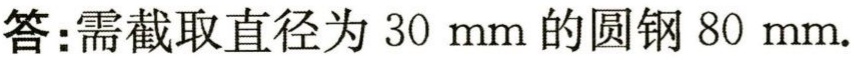
答：需截取直径为 \(30\mathrm{mm}\) 的圆钢 \(80\mathrm{mm}\).